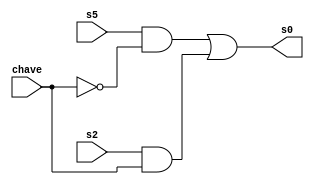
// ------------------------- 
// Exemplo0034 - LU xnor e or e xor e nor
// Nome: Guilherme Andrade Salum Terra 
// ------------------------- 
// ------------------------- 
// f4_gate 
// ------------------------- 
module cx1 (output [3:0] s0, 
			          input [3:0] s5, 
			          input [3:0] s2, 
			          input [3:0] chave); 
 assign s0 = (s5 & ~chave) | (s2 & chave); 
	endmodule // cx1
module cx2 (output [3:0] s1, 
			           input [3:0] s3, 
			           input [3:0] s4, 
			           input [3:0] chave); 
 assign s1 = (s3 & ~chave) | (s4 & chave); 
	endmodule // cx2
module orGate (output [3:0] s5, 
			  		input [3:0] w, 
			  		input [3:0] x); 
 assign s5 = (w | x);         
 	endmodule // orGate 
module xorGate (output [3:0] s2, 
			  		input [3:0] w, 
			  		input [3:0] x); 
 assign s2 = (w ^ x); 
	endmodule // xorGate 
module xnorGate (output [3:0] s4, 
			  		  input [3:0] w, 
			  		  input [3:0] x); 
 assign s4 = ~(w ^ x);         
 	endmodule // xnorGate 
module norGate (output [3:0] s3, 
			  		 input [3:0] w, 
			  		 input [3:0] x); 
 assign s3 = ~(w | x); 
	endmodule // norGate 
	module test_f5; 
// ------------------------- definir dados 
	reg [3:0] w; 
	reg [3:0] x; 
	reg [3:0] chave; 
	wire [3:0] s0; 
	wire [3:0] s1; 
	wire [3:0] s2; 
	wire [3:0] s3; 
	wire [3:0] s4; 
	wire [3:0] s5; 
	orGate domada (s5, w, x);
	norGate bilara (s3, w, x);
	xorGate bonanza (s2, w, x);
	xnorGate pitanga (s4, w, x);
	cx1 fox (s0, s5, s2, chave);
	cx2 danubio (s1, s3, s4, chave);
// ------------------------- parte principal 
initial begin 
	$display("Exemplo0034 - Guilherme Terra - 427407"); 
	$display("Test LU"); 
	w = 4'b0011; x = 4'b0101;
	#1 chave = 4'b1111;
	$monitor("\n%b (| ou ~|) %b chave %b = %b e\n %b (^ ou ~^) %b chave %b = %b", w, x, chave, s0, w, x, chave, s1); 
	#2 chave = 4'b0000;
	
	w = 4'b0000; x = 4'b0000;
	#1 chave = 4'b1111;
	$monitor("\n%b (| ou ~|) %b chave %b = %b e\n %b (^ ou ~^) %b chave %b = %b", w, x, chave, s0, w, x, chave, s1); 
	#2 chave = 4'b0000;
	
	w = 4'b0010; x = 4'b0001;
	#1 chave = 4'b1111;
	$monitor("\n%b (| ou ~|) %b chave %b = %b e\n %b (^ ou ~^) %b chave %b = %b", w, x, chave, s0, w, x, chave, s1); 
	#2 chave = 4'b0000;
	
	w = 4'b0001; x = 4'b0011;
	#1 chave = 4'b1111;
	$monitor("\n%b (| ou ~|) %b chave %b = %b e\n %b (^ ou ~^) %b chave %b = %b", w, x, chave, s0, w, x, chave, s1); 
	#2 chave = 4'b0000;
	
	w = 4'b0101; x = 4'b0010;
	#1 chave = 4'b1111;
	$monitor("\n%b (| ou ~|) %b chave %b = %b e\n %b (^ ou ~^) %b chave %b = %b", w, x, chave, s0, w, x, chave, s1); 
	#2 chave = 4'b0000;
	
	w = 4'b1010; x = 4'b0011;
	#1 chave = 4'b1111;
	$monitor("\n%b (| ou ~|) %b chave %b = %b e\n %b (^ ou ~^) %b chave %b = %b", w, x, chave, s0, w, x, chave, s1); 
	#2 chave = 4'b0000;
	
	w = 4'b1001; x = 4'b0011;
	#1 chave = 4'b1111;
	$monitor("\n%b (| ou ~|) %b chave %b = %b e\n %b (^ ou ~^) %b chave %b = %b", w, x, chave, s0, w, x, chave, s1); 
	#2 chave = 4'b0000;
end 
endmodule // test_f5 

/*
Test LU
0011 (| ou ~|) 0101 chave 1111 = 0110 e
0011 (^ ou ~^) 0101 chave 1111 = 1001
    
0000 (| ou ~|) 0000 chave 0000 = 0000 e
0000 (^ ou ~^) 0000 chave 0000 = 1111
	  
0000 (| ou ~|) 0000 chave 1111 = 0000 e
0000 (^ ou ~^) 0000 chave 1111 = 1111
		
0010 (| ou ~|) 0001 chave 0000 = 0011 e
0010 (^ ou ~^) 0001 chave 0000 = 1100
		 
0010 (| ou ~|) 0001 chave 1111 = 0011 e
0010 (^ ou ~^) 0001 chave 1111 = 1100
		  
0001 (| ou ~|) 0011 chave 0000 = 0011 e
0001 (^ ou ~^) 0011 chave 0000 = 1100
			
0001 (| ou ~|) 0011 chave 1111 = 0010 e
0001 (^ ou ~^) 0011 chave 1111 = 1101
		 
0101 (| ou ~|) 0010 chave 0000 = 0111 e
0101 (^ ou ~^) 0010 chave 0000 = 1000
		  
0101 (| ou ~|) 0010 chave 1111 = 0111 e
0101 (^ ou ~^) 0010 chave 1111 = 1000
			  
1010 (| ou ~|) 0011 chave 0000 = 1011 e
1010 (^ ou ~^) 0011 chave 0000 = 0100
			  
1010 (| ou ~|) 0011 chave 1111 = 1001 e
1010 (^ ou ~^) 0011 chave 1111 = 0110

1001 (| ou ~|) 0011 chave 0000 = 1011 e
1001 (^ ou ~^) 0011 chave 0000 = 0100
			  
1001 (| ou ~|) 0011 chave 1111 = 1010 e
1001 (^ ou ~^) 0011 chave 1111 = 0101
		  
1001 (| ou ~|) 0011 chave 0000 = 1011 e
1001 (^ ou ~^) 0011 chave 0000 = 0100
*/